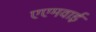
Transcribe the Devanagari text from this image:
एएमवाई